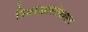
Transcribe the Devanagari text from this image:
पिकाखालोखाल